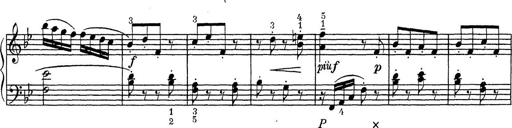
Title: ÄŒeskÃ© Sonatiny
Composer: Various